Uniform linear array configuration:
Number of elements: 16
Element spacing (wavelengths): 0.25
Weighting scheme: blackman
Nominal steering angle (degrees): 30
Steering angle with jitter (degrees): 31.704
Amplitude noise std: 0.05
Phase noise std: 0.05

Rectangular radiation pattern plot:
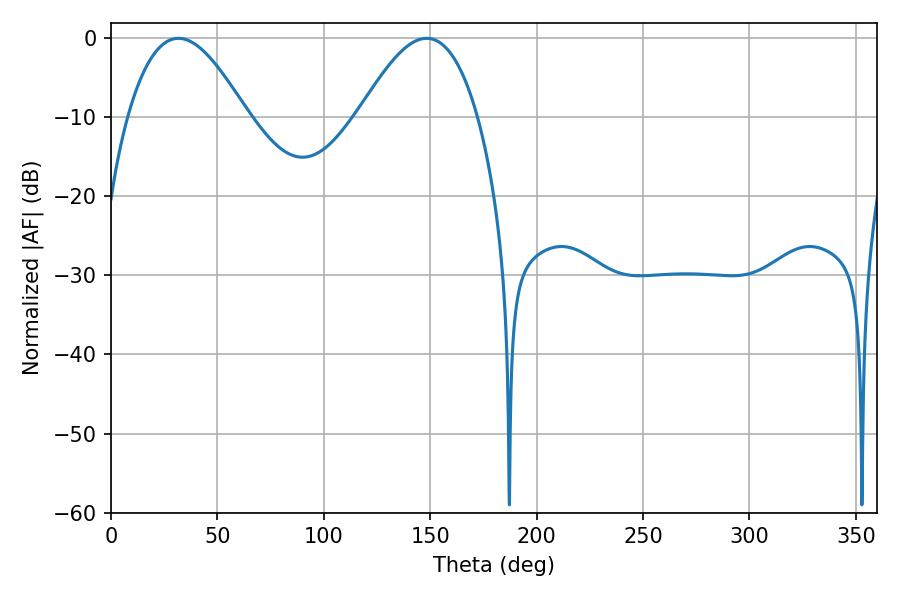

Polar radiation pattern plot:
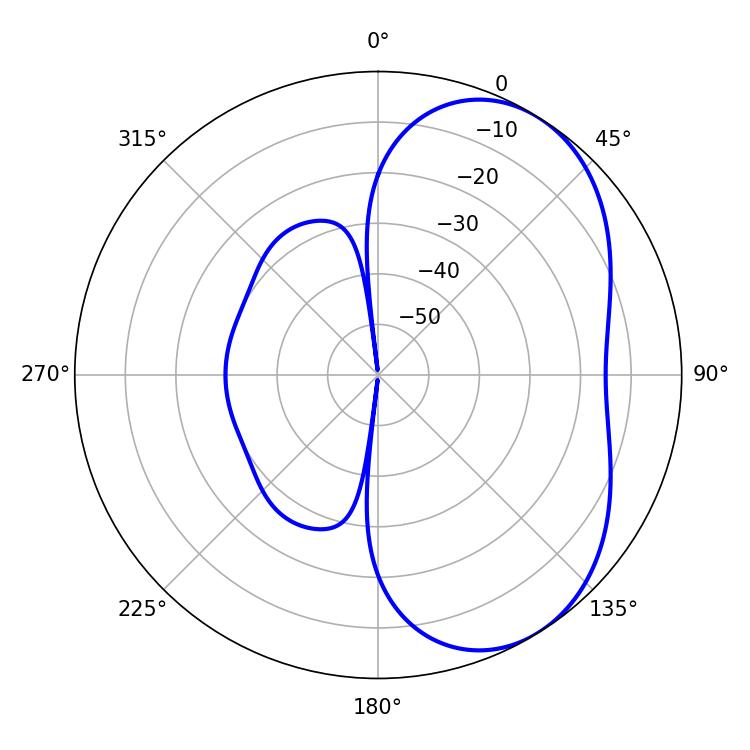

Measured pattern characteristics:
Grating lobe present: FALSE
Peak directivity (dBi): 4.84
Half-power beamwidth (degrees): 30.42
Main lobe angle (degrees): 31.68